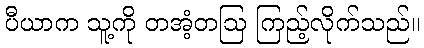
ပီယာက သူ့ကို တအံ့တဩ ကြည့်လိုက်သည်။